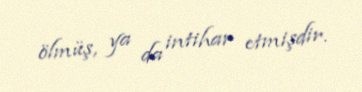
ölmüş, ya da intihar etmişdir.